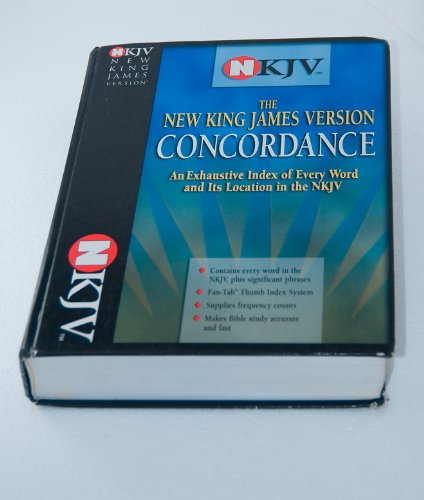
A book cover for The NKJV  Concordance; Thomas Nelson; Christian Books & Bibles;